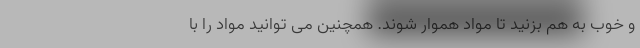
و خوب به هم بزنید تا مواد هموار شوند. همچنین می توانید مواد را با